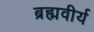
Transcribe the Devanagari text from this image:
ब्रह्मवीर्य